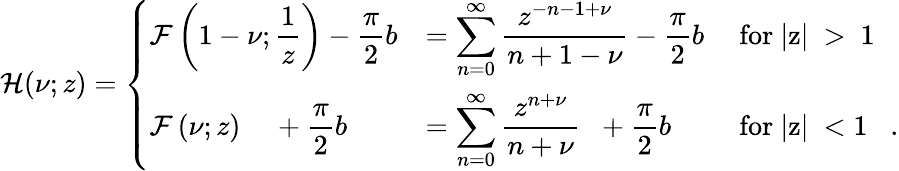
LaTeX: {\cal H}(\nu;z)=\left\{ \begin{array}{lll}{{\displaystyle{\cal F}\left(1-\nu;\frac{1}{z}\right){}-\frac{\pi}{2}b}}&{{=\displaystyle{\sum_{n=0}^{\infty}\frac{z^{-n-1+\nu}}{n+1-\nu}}{}-\frac{\pi}{2}b}}&{{\mathrm{~for~|z|~>~1~}}}\\ {{\displaystyle{\cal F}\left(\nu;z\right)\; \; \; \; +\frac{\pi}{2}b}}&{{=\displaystyle{\sum_{n=0}^{\infty}\frac{z^{n+\nu}}{n+\nu}}\; \; +\frac{\pi}{2}b}}&{{\mathrm{~for~|z|~<1~}\; \; .}}\end{array}\right.